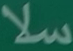
سلا